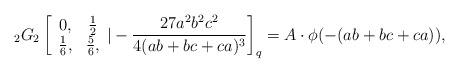
LaTeX: \begin{align*} _{2}G_{2}\left[\begin{array}{cc} 0, & \frac{1}{2} \\ \frac{1}{6}, & \frac{5}{6}, \end{array}|-\frac{27a^2b^2c^2}{4(ab+bc+ca)^3}\right]_q= A\cdot \phi(-(ab+bc+ca)),\end{align*}